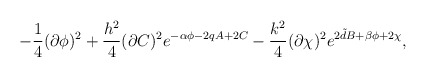
\begin{align*}-\frac{1}{4}(\partial \phi)^{2}+\frac{h^{2}}{4}(\partial C)^{2}e^{-\alpha\phi-2qA+2C}- \frac{k^{2}}{4}(\partial \chi)^{2}e^{2{\tilde d}B+\beta\phi+2\chi}, \end{align*}